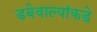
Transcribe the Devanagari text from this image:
डबेवाल्यांकडे